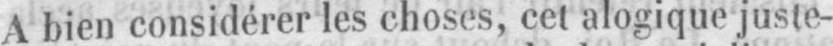
A bien considérer les choses, cet alogique juste-